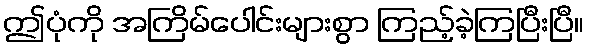
ဤပုံကို အကြိမ်ပေါင်းများစွာ ကြည့်ခဲ့ကြပြီးပြီ။